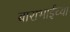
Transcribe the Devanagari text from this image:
बाराभाईच्या